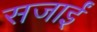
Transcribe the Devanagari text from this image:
सजाईं